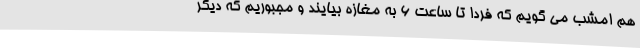
هم امشب می گویم که فردا تا ساعت 6 به مغازه بیایند و مجبوریم که دیگر